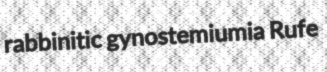
rabbinitic gynostemiumia Rufe